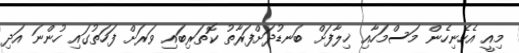
މިއީ އެހެނިހެން މަސްމަހާއި ޚިލާފަށް ބަނޑުދަށްފަރާތު ކޮތަރިބައި ވަރަށް ފަހަތުގައި ހުންނަ އަދި